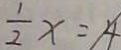
\frac { 1 } { 2 } x = 4